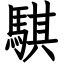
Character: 騏